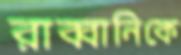
রাব্বানিকে